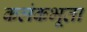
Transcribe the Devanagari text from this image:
कलंकभूता